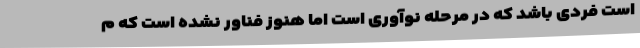
است فردی باشد که در مرحله نوآوری است اما هنوز فناور نشده است که م